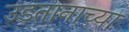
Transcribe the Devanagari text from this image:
उडतानाच्या